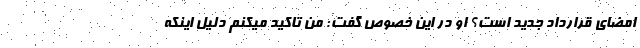
امضای قرارداد جدید است؟ او در این خصوص گفت: من تاکید میکنم دلیل اینکه